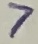
Text: 7